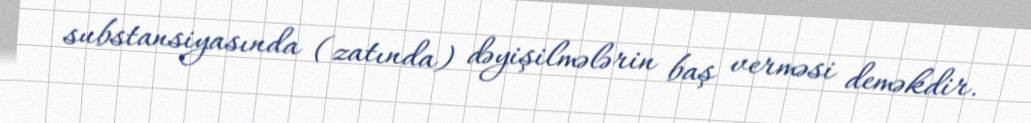
substansiyasında (zatında) dəyişilmələrin baş verməsi deməkdir.